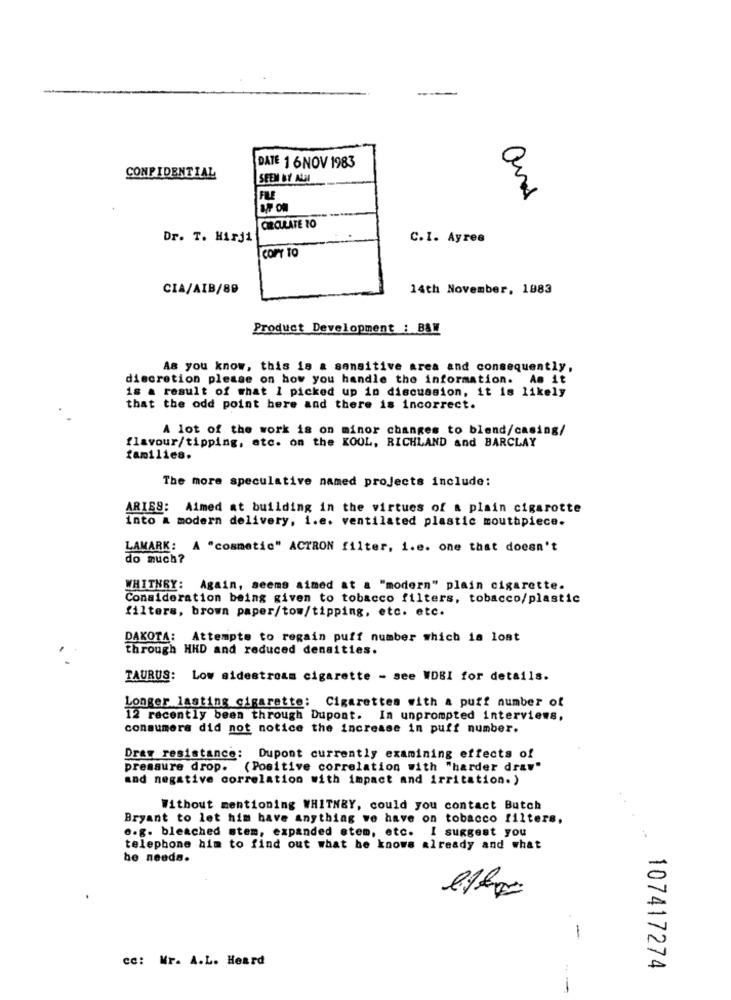
DATE 1 6NOV 1983
CONFIDENTIAL
SEEM BY ALI
FILE
and
CIRCULATE TO
Dr. T. Hirji
C.I. Ayres
corr To
CIA/AIB/89
14th November, 1983
Product Development : B&W
As you know, this is a sensitive area and consequently,
discretion please on how you handle the information. As it
is a result of what I picked up in discussion, it is likely
that the odd point here and there is incorrect.
A lot of the work is on minor changes to blend/casing/
flavour/tipping, etc. on the KOOL, RICHLAND and BARCLAY
families.
The more speculative named projects include:
ARIES: Aimed at building in the virtues of a plain cigarotte
into a modern delivery, i.e. ventilated plastic mouthpiece.
LAMARK: A "cosmetic" ACTRON filter, i.e. one that doesn't
do much?
WHITNEY: Again, seems aimed at a "modern" plain cigarette.
Consideration being given to tobacco filters, tobacco/plastic
filters, brown paper/tow/tipping, etc. etc.
DAKOTA: Attempts to regain puff number which is lost
through HHD and reduced densities.
TAURUS: Low sidestroam cigarette - see WDBI for details.
Longer lasting cigarette: Cigarettes with a puff number of
12 recently been through Dupont. In unprompted interviews,
consumera did not notice the increase in puff number.
Draw resistance: Dupont currently examining effects of
pressure drop. (Positive correlation with "harder draw"
and negative correlation with impact and irritation.)
Without mentioning WHITNEY, could you contact Butch
Bryant to let him have anything we have on tobacco filters,
e.g. bleached stem, expanded stem, etc. I suggest you
telephone him to find out what he knows already and what
he needs.
cc: Mr. A.L. Heard
107417274